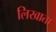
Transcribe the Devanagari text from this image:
लिखाता